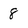
Character: 8